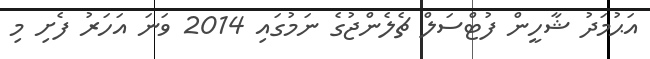
އަޙުމަދު ޝާހީން ފުޓްސަލް ޗެލެންޖުގެ ނަމުގައި 2014 ވަނަ އަހަރު ފެށި މި